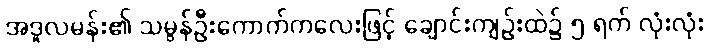
အဒူလမန်း၏ သမွန်ဦးကောက်ကလေးဖြင့် ချောင်းကျဉ်းထဲ၌ ၅ ရက် လုံးလုံး